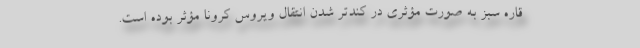
قاره سبز به صورت مؤثری در کندتر شدن انتقال ویروس کرونا مؤثر بوده است.